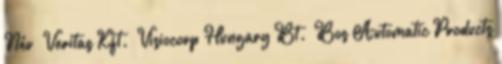
Név ▪Veritas Kft. ▪Visiocorp Hungary Bt. ▪Bos Automatic Products